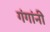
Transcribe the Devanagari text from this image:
गंगांनी